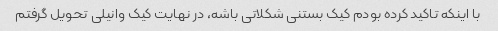
با اینکه تاکید کرده بودم کیک بستنی شکلاتی باشه، در نهایت کیک وانیلی تحویل گرفتم